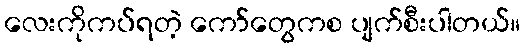
လေးကိုကပ်ရတဲ့ ကော်တွေကစ ပျက်စီးပါတယ်။